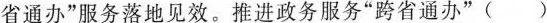
省通办”服务落地见效。推进政务服务”跨省通办”( )